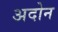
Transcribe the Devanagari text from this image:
अदोन